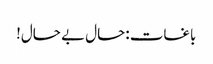
باغات :حال بے حال!